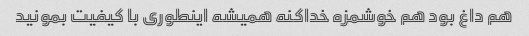
هم داغ بود هم خوشمزه خداکنه همیشه اینطوری با کیفیت بمونید